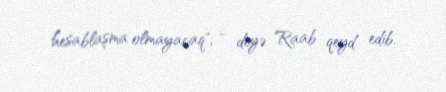
hesablaşma olmayacaq", - deyə Raab qeyd edib.